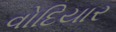
વોદિયાર